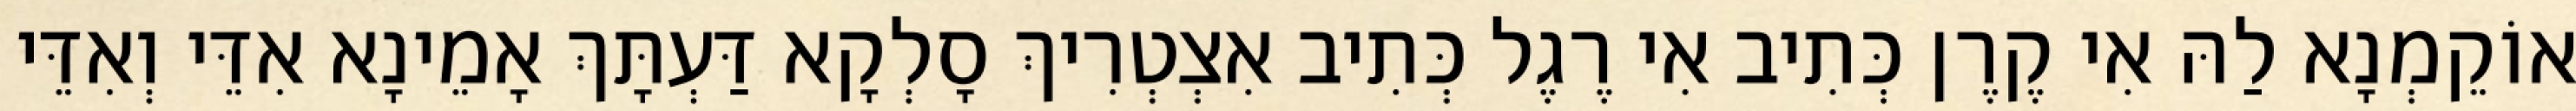
אוֹקֵמְנָא לַהּ אִי קֶרֶן כְּתִיב אִי רֶגֶל כְּתִיב אִצְטְרִיךְ סָלְקָא דַּעְתָּךְ אָמֵינָא אִדֵּי וְאִדֵּי